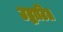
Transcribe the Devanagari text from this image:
उद्धाटित